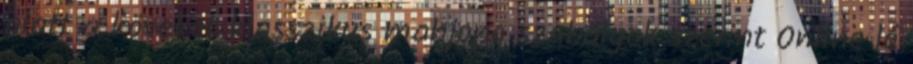
alatt a köveket klasszikus mahjong szabályok szerint Online ló